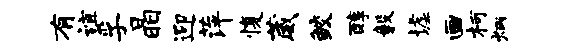
有谊孚晶迎萍愎葳鲛醇毅墟画柯炳